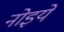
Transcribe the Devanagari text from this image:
नोइये